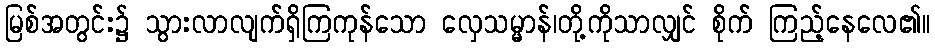
မြစ်အတွင်း၌ သွားလာလျက်ရှိကြကုန်သော လှေသမ္မာန်၊တို့ကိုသာလျှင် စိုက် ကြည့်နေလေ၏။